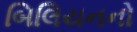
બિલિયનનો